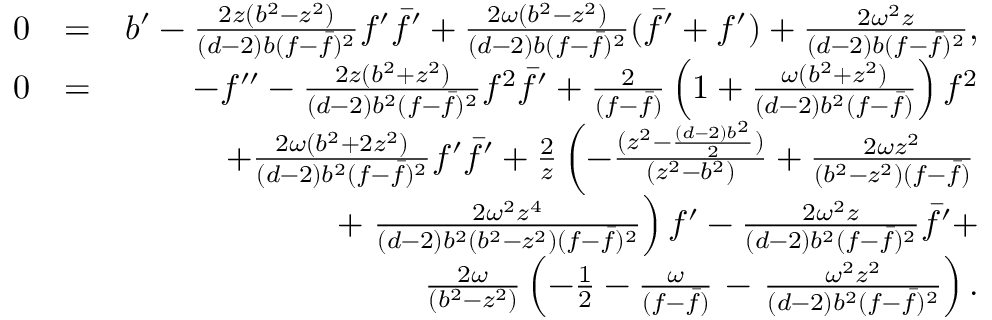
\begin{array} { r l r } { 0 } & { = } & { b ^ { \prime } - { \frac { 2 z ( b ^ { 2 } - z ^ { 2 } ) } { ( d - 2 ) b ( f - \bar { f } ) ^ { 2 } } } f ^ { \prime } \bar { f } ^ { \prime } + { \frac { 2 \omega ( b ^ { 2 } - z ^ { 2 } ) } { ( d - 2 ) b ( f - \bar { f } ) ^ { 2 } } } ( \bar { f } ^ { \prime } + f ^ { \prime } ) + { \frac { 2 \omega ^ { 2 } z } { ( d - 2 ) b ( f - \bar { f } ) ^ { 2 } } } , } \\ { 0 } & { = } & { - f ^ { \prime \prime } - { \frac { 2 z ( b ^ { 2 } + z ^ { 2 } ) } { ( d - 2 ) b ^ { 2 } ( f - \bar { f } ) ^ { 2 } } } f ^ { 2 } \bar { f } ^ { \prime } + { \frac { 2 } { ( f - \bar { f } ) } } \left( 1 + { \frac { \omega ( b ^ { 2 } + z ^ { 2 } ) } { ( d - 2 ) b ^ { 2 } ( f - \bar { f } ) } } \right) f ^ { 2 } } \\ & { } & { + { \frac { 2 \omega ( b ^ { 2 } + 2 z ^ { 2 } ) } { ( d - 2 ) b ^ { 2 } ( f - \bar { f } ) ^ { 2 } } } f ^ { \prime } \bar { f } ^ { \prime } + { \frac { 2 } { z } } \left( - \frac { ( z ^ { 2 } - \frac { ( d - 2 ) b ^ { 2 } } { 2 } ) } { ( z ^ { 2 } - b ^ { 2 } ) } + { \frac { 2 \omega z ^ { 2 } } { ( b ^ { 2 } - z ^ { 2 } ) ( f - \bar { f } ) } } \right. } \\ & { } & { + \left. { \frac { 2 \omega ^ { 2 } z ^ { 4 } } { ( d - 2 ) b ^ { 2 } ( b ^ { 2 } - z ^ { 2 } ) ( f - \bar { f } ) ^ { 2 } } } \right) f ^ { \prime } - { \frac { 2 \omega ^ { 2 } z } { ( d - 2 ) b ^ { 2 } ( f - \bar { f } ) ^ { 2 } } } \bar { f } ^ { \prime } + } \\ & { } & { { \frac { 2 \omega } { ( b ^ { 2 } - z ^ { 2 } ) } } \left( - \frac { 1 } { 2 } - { \frac { \omega } { ( f - \bar { f } ) } } \right. - \left. { \frac { \omega ^ { 2 } z ^ { 2 } } { ( d - 2 ) b ^ { 2 } ( f - \bar { f } ) ^ { 2 } } } \right) . } \end{array}